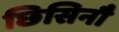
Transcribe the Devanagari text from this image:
छिसिनौ